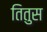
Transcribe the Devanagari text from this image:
तितुस